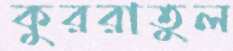
কুররাতুল